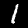
Digit: 1